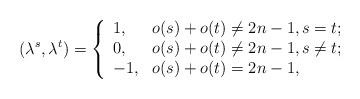
LaTeX: \begin{align*}(\lambda^{s},\lambda^{t})=\left\{ \begin{array}{ll} 1, & \hbox{$o(s)+o(t)\neq 2n-1,s=t$;} \\ 0, & \hbox{$o(s)+o(t)\neq 2n-1,s\neq t$;} \\ -1, & \hbox{$o(s)+o(t)=2n-1$,} \end{array} \right.\end{align*}